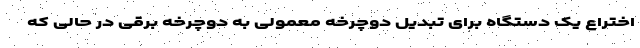
اختراع یک دستگاه برای تبدیل دوچرخه معمولی به دوچرخه برقی در حالی که